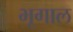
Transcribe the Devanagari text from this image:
भूगाल